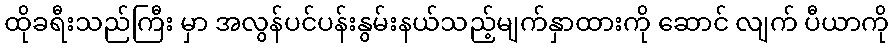
ထိုခရီးသည်ကြီး မှာ အလွန်ပင်ပန်းနွမ်းနယ်သည့်မျက်နှာထားကို ဆောင် လျက် ပီယာကို